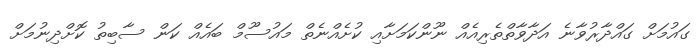
ގައުމަށް ގައްދާރުވާނެ އަދާވާތްތެރިއެއް ނޫންކަމަށާއި ކުށެއްނެތް މައުސޫމް ބައެއް ކަން ސާބިތު ކޮށްދިނުމަށް